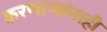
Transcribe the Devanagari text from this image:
करणाऱ्यांनाही